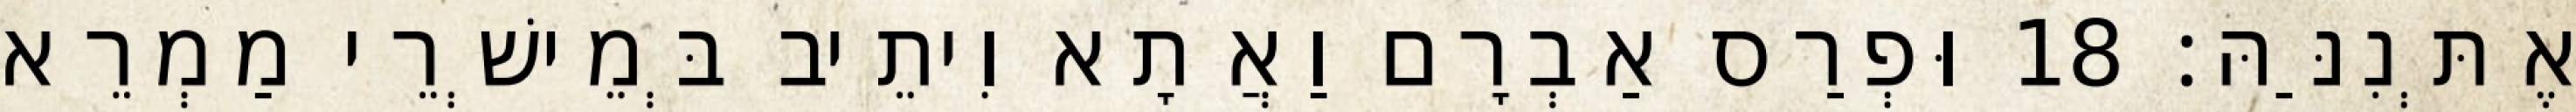
אֶתְּנִנַּהּ׃ 18 וּפְרַס אַבְרָם וַאֲתָא וִיתֵיב בְּמֵישְׁרֵי מַמְרֵא